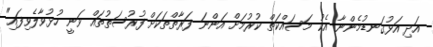
އަދި އަޅުގަނޑުމެންނާ އެކު މަސައްކަތް ކުރުމަށް އަންނަ ފަރާތްތަކަށް ފުރުސަތުތައް ވަނީ ހުޅުވާލެވިފައި"